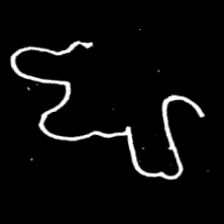
Pyu character \u2014 Myanmar letter: ဈ (romanized: jha)